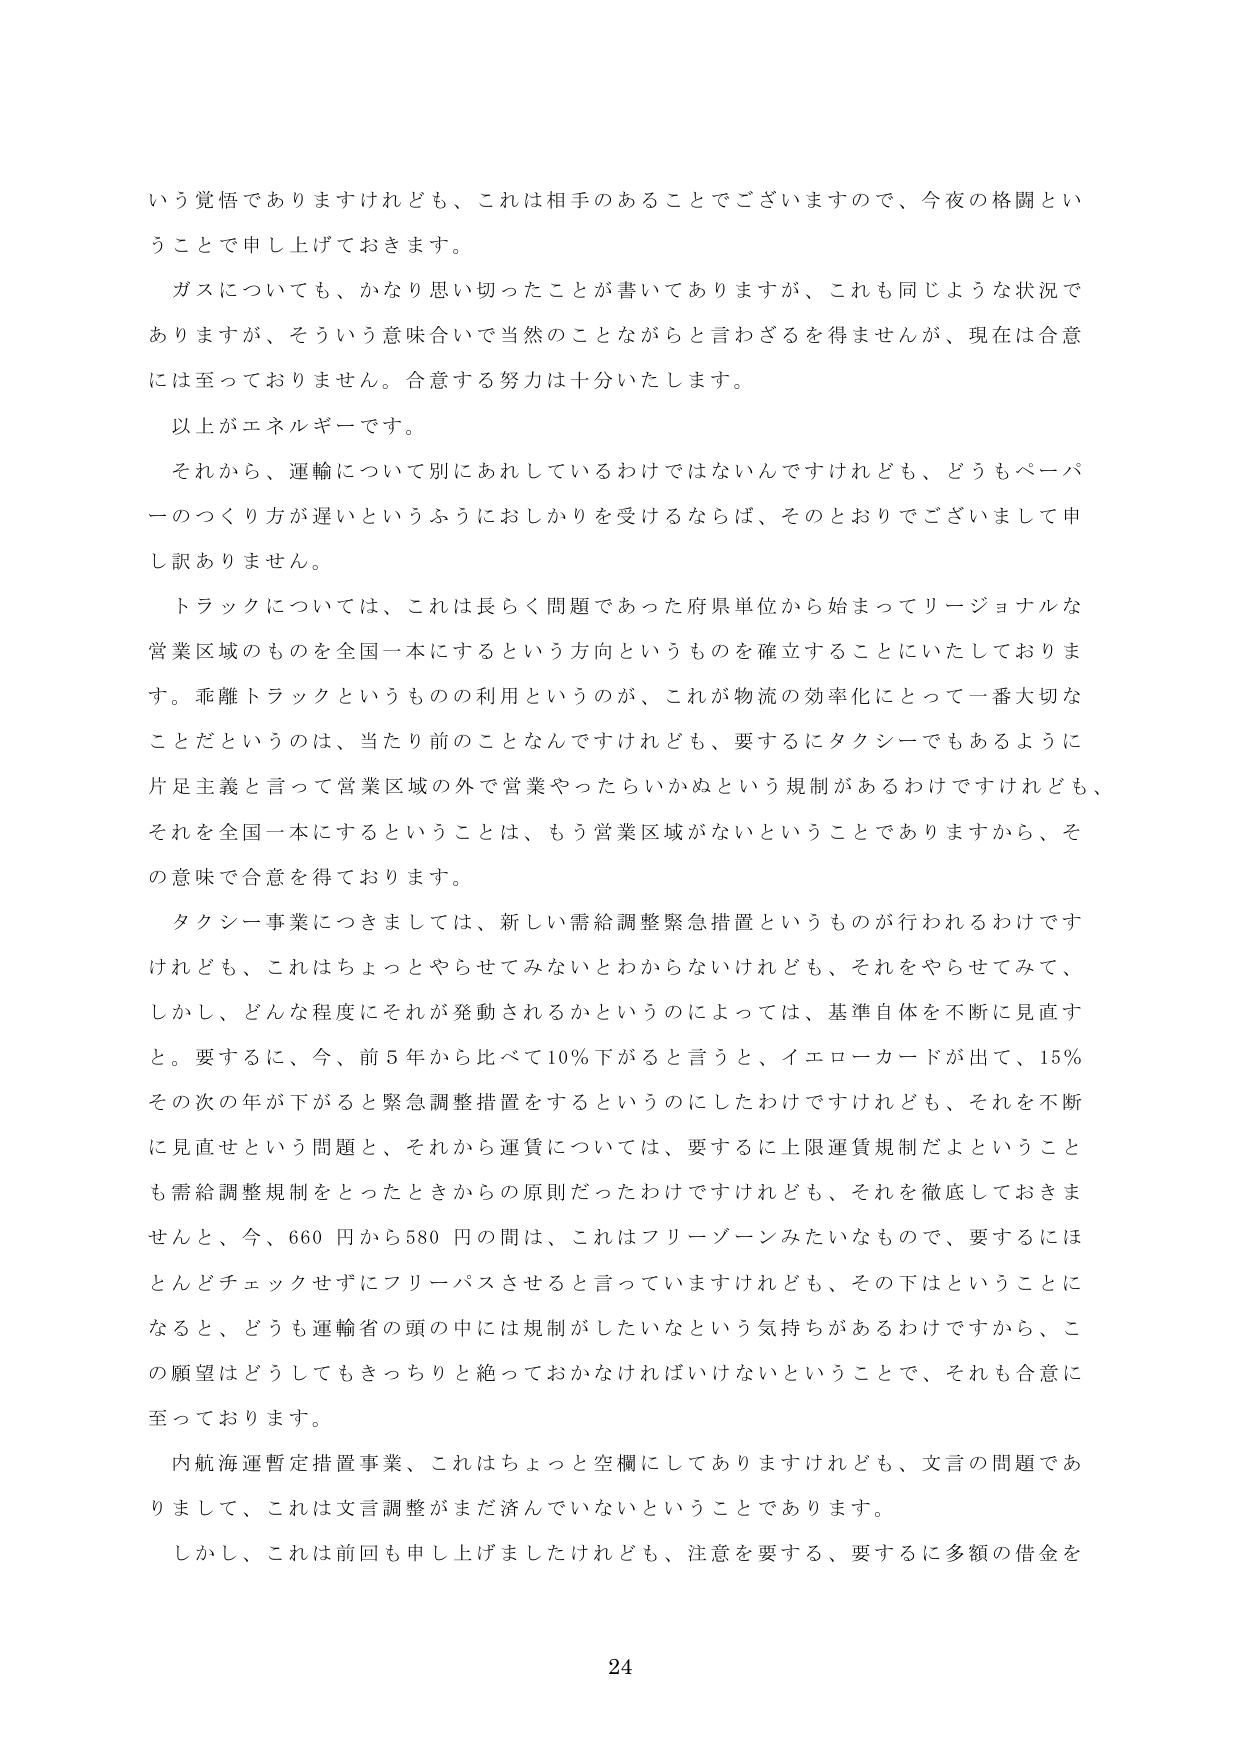
いう覚悟でありますけれども、これは相手のあることでございますので、今夜の格闘ということです申し上げておきます。

ガスについても、かなり思い切ったことが書いてありますが、これも同じような状況でありますが、そういう意味合いで当然のことながらと言わざるを得ませんが、現在は合意には至っておりません。合意する努力は十分いたします。

以上がエネルギーです。

それから、運輸について別にあれしているわけではないんですけれども、どうもペーパーのつくり方が遅いというふうにおしかりを受けるならば、そのとおりでございまして申し訳ありません。

トラックについては、これは長らく問題であった府県単位から始まってリージョナルな営業区域のものを全国一本にするという方向というものを確立することにいたしております。乖離トラックというものの利用というのが、これが物流の効率化にとって一番大切なことだというのは、当たり前のことなんですけれども、要するにタクシーでもあるように片足主義と言って営業区域の外で営業やったらいかぬという規制があるわけですがけれども、それを全国一本にするということは、もう営業区域がないということありますから、その意味で合意を得ております。

タクシー事業につきましては、新しい需給調整緊急措置というものが行われるわけですがけれども、これはちょっとやらせてみないとわからないけれども、それをやらせてみて、しかし、どんな程度にそれが発動されるかというのによっては、基準自体を不断に見直すと。要するに、今、前5年から比べて10％下がると言うと、イエローカードが出て、15％その次の年が下がると緊急調整措置をするというのにしたわけですけれども、それを不断に見直せという問題と、それから運賃については、要するに上限運賃規制だよということも需給調整規制をとったときからの原則だったわけですけれども、それを徹底しておきませんと、今、660円から580円の間は、これはフリーゾーンみたいなもので、要するにほとんどチェックせずにフリーパスさせると言っていますけれども、その下はということになると、どうも運輸省の頭の中には規制がしたいなという気持ちがあるわけですから、この願望はどうしてもきっちりと絶っておかなければならないということで、それも合意に至っております。

内航海運暫定措置事業、これはちょっと空欄にしてありますけれども、文言の問題でありまして、これは文言調整がまだ済んでいないということです。

しかし、これは前回も申し上げましたけれども、注意を要する、要するに多額の借金を

24